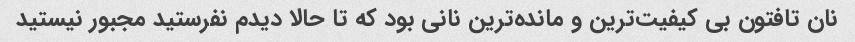
نان تافتون بی کیفیت‌ترین و مانده‌ترین نانی بود که تا حالا دیدم نفرستید مجبور نیستید